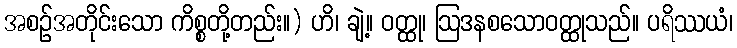
အစဉ်အတိုင်းသော ကိစ္စတို့တည်း။) ဟိ၊ ချဲ့။ ဝတ္ထု၊ ဩဒနစသောဝတ္ထုသည်။ ပရိဿယံ၊